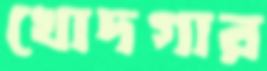
খোদগার